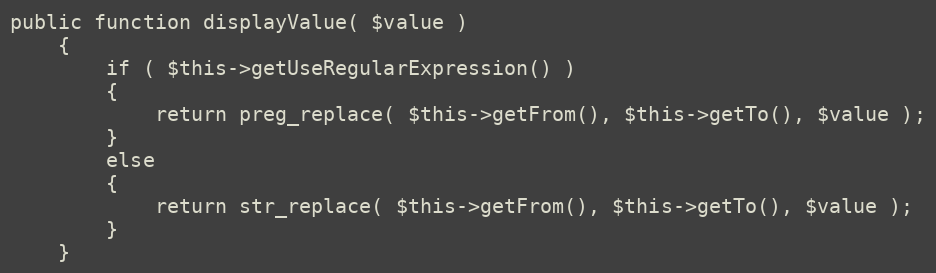
Language: PHP
public function displayValue( $value )
    {
        if ( $this->getUseRegularExpression() )
        {
            return preg_replace( $this->getFrom(), $this->getTo(), $value );
        }
        else
        {
            return str_replace( $this->getFrom(), $this->getTo(), $value );
        }
    }